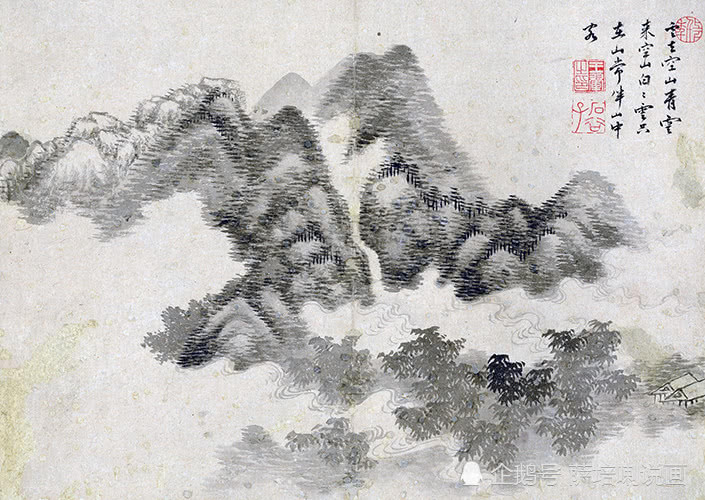
生当作人杰，死亦为鬼雄。